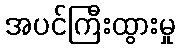
အပင်ကြီးထွားမှု